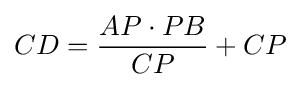
CD={\frac {AP\cdot PB}{CP}}+CP